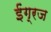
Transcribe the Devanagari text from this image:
ईंग्रज